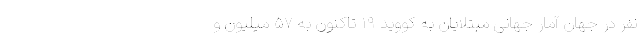
نفر در جهان آمار جهانیِ مبتلایان به کووید ۱۹ تاکنون به ۵۷ میلیون و